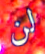
لن